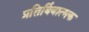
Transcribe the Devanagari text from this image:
प्रतिबिंबात्मक